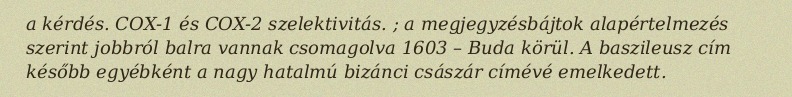
a kérdés. COX-1 és COX-2 szelektivitás. ; a megjegyzésbájtok alapértelmezés szerint jobbról balra vannak csomagolva 1603 – Buda körül. A baszileusz cím később egyébként a nagy hatalmú bizánci császár címévé emelkedett.